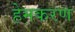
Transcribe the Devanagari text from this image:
हेमकरण